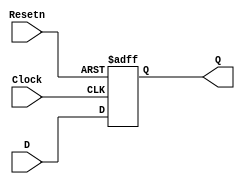
module dff_reset(D, Clock, Resetn, Q);
input D, Clock, Resetn;
output Q;
reg Q;
always @(negedge Resetn or posedge
Clock)
if (!Resetn)
Q <= 0;
else
Q <= D;
endmodule